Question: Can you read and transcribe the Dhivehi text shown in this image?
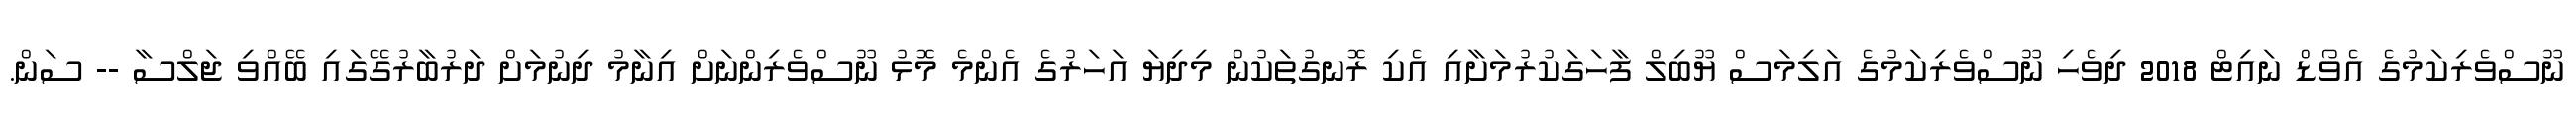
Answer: ނޫސްވެރިކަމުގެ އެވޯޑް ނައިޓް 2018 ދިވެހި ނޫސްވެރިކަމުގެ އަލިމަސް ޔޫބިލް ފާހަގަކުރުމަށާއި އެކި ރޮނގުތަކުން މިދިޔަ އަހަރުގެ އެންމެ މޮޅު ނޫސްވެރިންނަށް އިނާމު ދިނުމަށް ދަރުބާރުގޭގައި ބޭއްވި ޖަލްސާ -- ސަން.